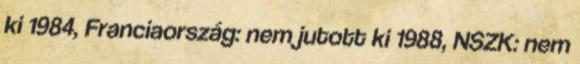
ki 1984, Franciaország: nem jutott ki 1988, NSZK: nem